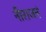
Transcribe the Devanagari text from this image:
नीराजनं